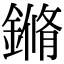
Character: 鏅